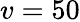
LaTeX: v=50